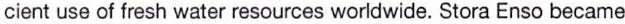
cient use of fresh water resources worldwide. Stora Enso became